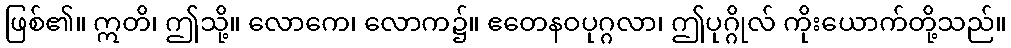
ဖြစ်၏။ ဣတိ၊ ဤသို့။ လောကေ၊ လောက၌။ ဧတေနဝပုဂ္ဂလာ၊ ဤပုဂ္ဂိုလ် ကိုးယောက်တို့သည်။